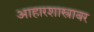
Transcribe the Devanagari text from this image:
आहारशास्त्रावर